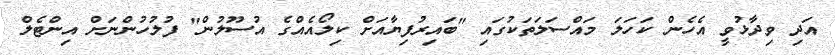
އަދި ވިދާޅުވީ އެހެން ކަހަލަ މައްސަލަތަކުގައި "ބައިރުފިޔާއަށް ކިލޯއެއްގެ އުސޫލުން" ފުލުހުންނަށް އިންޓެލް